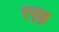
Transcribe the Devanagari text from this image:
ह्ल्ला